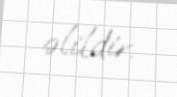
əlildir.